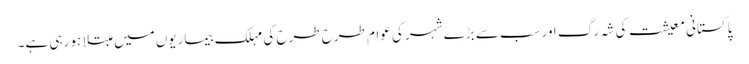
پاکستانی معیشت کی شہ رگ اورسب سے بڑے شہر کی عوام طرح طرح کی مہلک بیماریوں میں مبتلا ہو رہی ہے۔